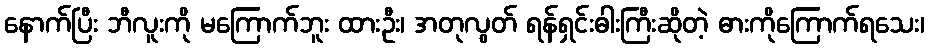
နောက်ပြီး ဘီလူးကို မကြောက်ဘူး ထားဦး၊ အတုလွတ် ရန်ရှင်းဓါးကြီးဆိုတဲ့ ဓားကိုကြောက်ရသေး၊